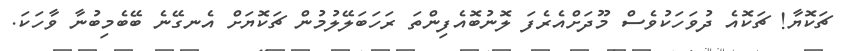
ޗަކޮޔާ! ޗަކޮއެ ދުވަހަކުވެސް މޫދަށްއެރެފަ ލޮނުބޮއެފިންތަ ރަހަބަލޭލުމުން ޗަކޮޔަށް އެނގޭނެ ބޭބެމިބުނާ ވާހަކަ.